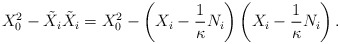
\begin{align*}X_0^2 - \tilde{X}_i\tilde{X}_i = X_0^2 -\left(X_i - \frac1\kappa N_i\right)\left(X_i - \frac1\kappa N_i\right).\end{align*}